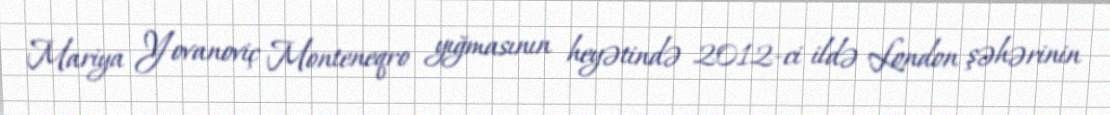
Mariya Yovanoviç Monteneqro yığmasının heyətində 2012-ci ildə London şəhərinin